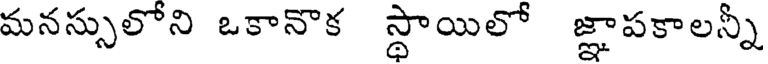
మనస్సులోని ఒకానొక స్థాయిలో జ్ఞాపకాలన్నీ